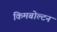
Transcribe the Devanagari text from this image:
किमबोल्टन